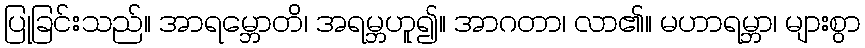
ပြုခြင်းသည်။ အာရမ္ဘောတိ၊ အရမ္ဘဟူ၍။ အာဂတာ၊ လာ၏။ မဟာရမ္ဘာ၊ များစွာ